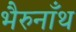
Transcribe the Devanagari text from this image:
भैरुनाँथ